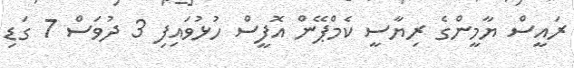
ރައީސް ޔާމީންގެ ރިޔާސީ ކެމްޕޭން އޮފީސް ހުޅުވައިފި 3 ދުވަސް 7 ގަޑި